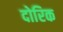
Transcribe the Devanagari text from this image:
दोरिक